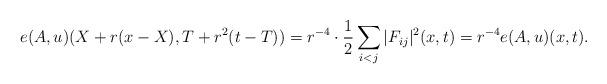
LaTeX: \begin{align*}e(A,u)(X+r(x-X),T+r^{2}(t-T))=r^{-4}\cdot\frac{1}{2}\sum_{i<j}|F_{ij}|^{2}(x,t)=r^{-4}e(A,u)(x,t).\end{align*}